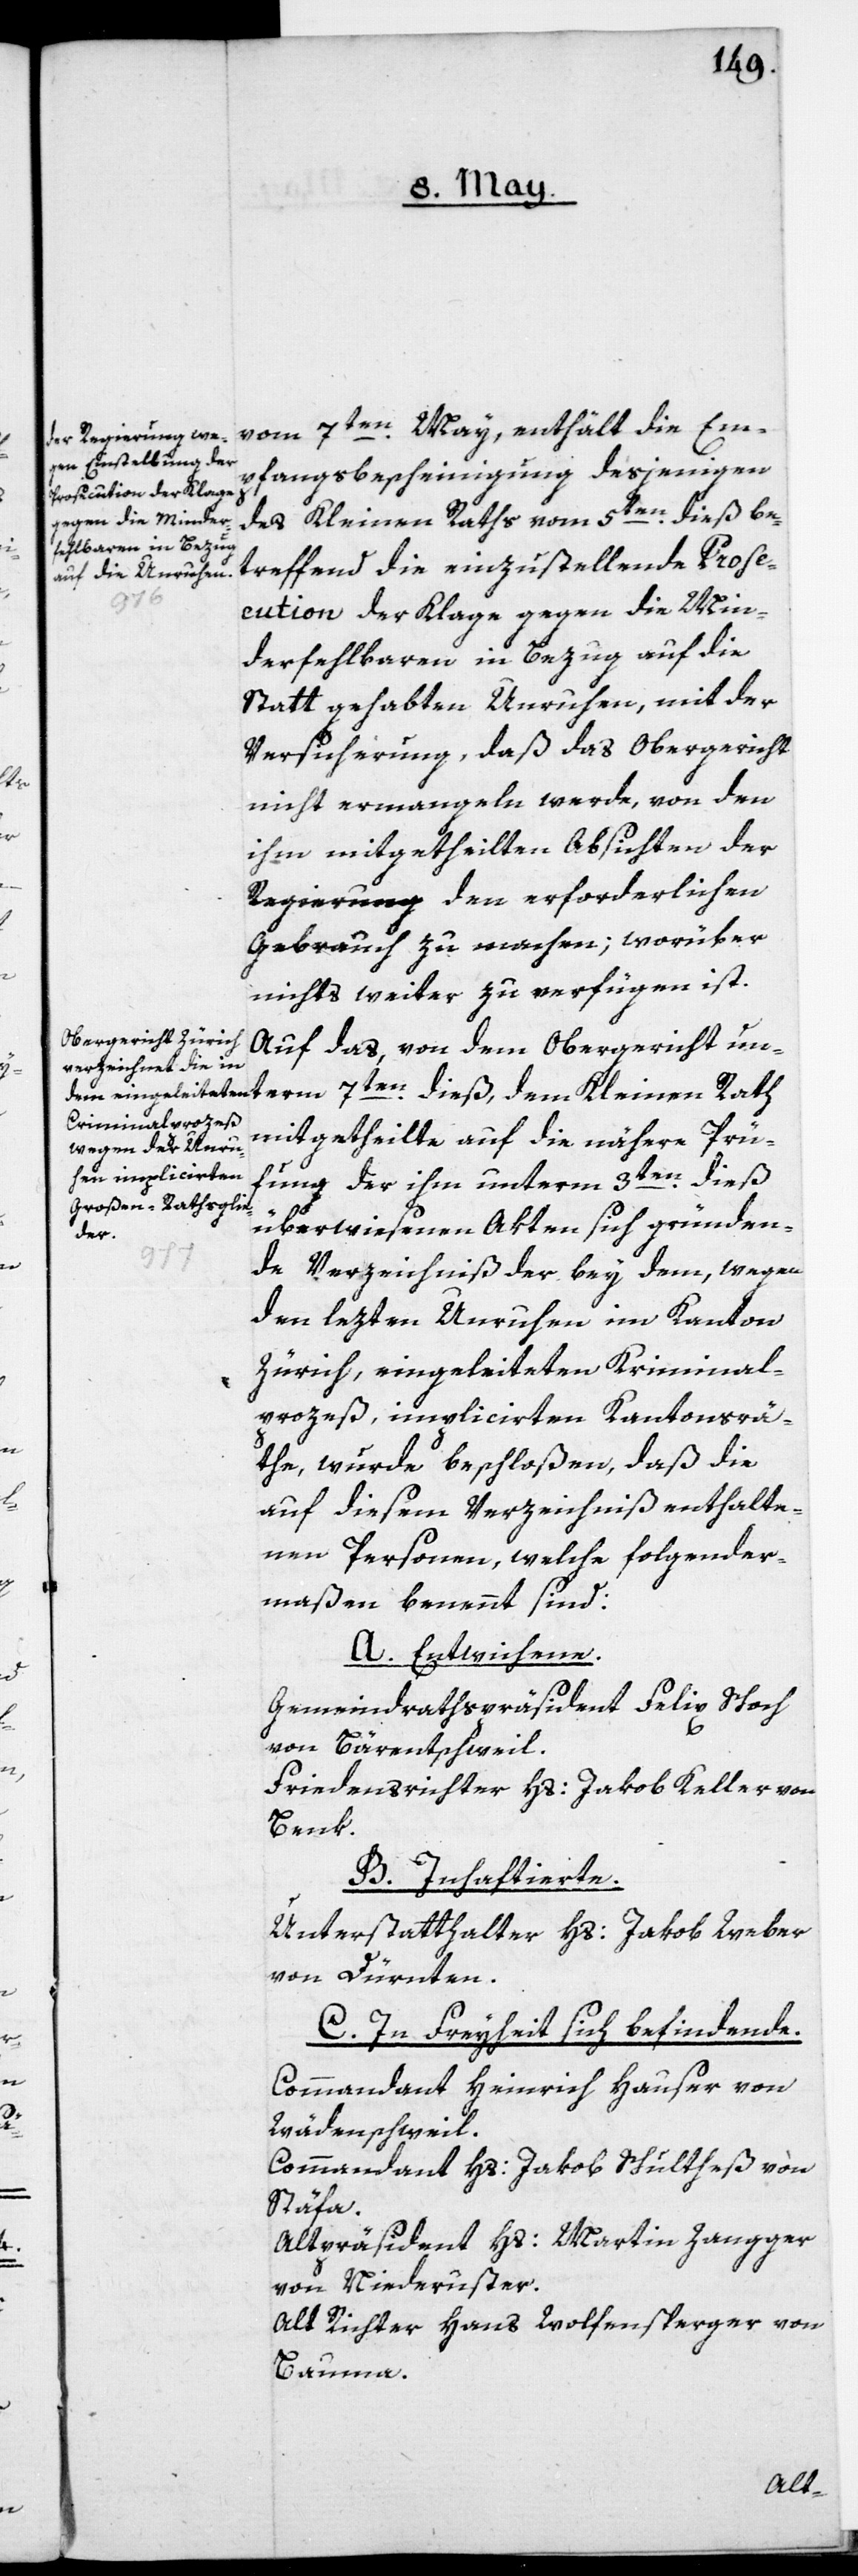
vom 7ten May, enthält die Em¬
pfangsbescheinigung desjenigen
des Kleinen Raths vom 5ten dieß, be¬
treffend die einzustellende Pros¬
ecution der Klage gegen die Min¬
derfehlbaren in Bezug auf die
Statt gehabten Unruhen, mit der
Versicherung, daß das Obergericht
nicht ermangeln werde, von den
ihm mitgetheilten Absichten der
Regierung den erforderlichen
Gebrauch zu machen; worüber
nichts weiter zu verfügen ist.
Auf das, von dem Obergericht un¬
term 7ten dieß, dem Kleinen Rath
mitgetheilte, auf die nähere Prü¬
fung der ihm unterm 3ten dieß
überwiesenen Akten sich gründen¬
de Verzeichniß der bey dem, wegen
den lezten Unruhen im Kanton
Zürich, eingeleiteten Kriminal¬
prozeß, implicirten Kantonsrä¬
the, wurde beschloßen, daß die
auf diesem Verzeichniß enthalte¬
nen Personen, welche folgender¬
maßen benennt sind:
A. Entwichene.
Gemeindrathspräsident Felix Schoch
von Bärentschweil.
Friedensrichter Hs: Jakob Keller von
Benk.
B. Inhaftierte.
Unterstatthalter Hs: Jakob Weber
von Dürnten.
C. In Freyheit sich befindende.
Commandant Heinrich Hauser von
Wädenschweil.
Commandant Hs: Jakob Schultheß von
Stäfa.
Altpräsident Hs: Martin Zangger
von Niederuster.
Alt Richter Hans Wolfensperger von
Bauma.